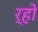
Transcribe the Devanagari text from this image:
र्हो